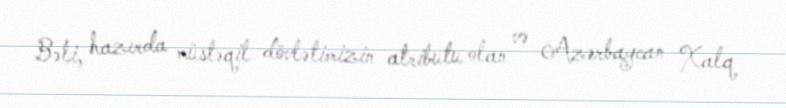
Bəli, hazırda müstəqil dövlətimizin atributu olan və Azərbaycan Xalq